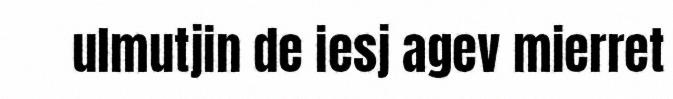
ulmutjin de iesj agev mierret